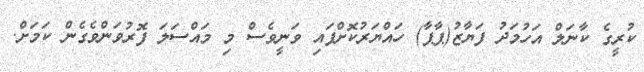
ކުރީގެ ކާނަލް އަހުމަދު ފަޔާޒު(ޕާޕާ) ހައްޔަރުކޮށްފައި ވަނީވެސް މި މައްސަލަ ފޮރުވަންވެގެން ކަމަށް.